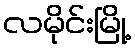
လမိုင်းမြို့